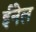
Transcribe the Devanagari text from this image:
ईनेल